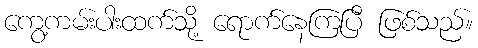
ကွေ့ကမ်းပါးထက်သို့ ရောက်နေကြပြီ ဖြစ်သည်။